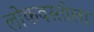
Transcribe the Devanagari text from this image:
लोकवस्तीला